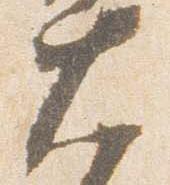
大